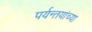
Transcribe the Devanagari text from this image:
पर्यन्तयांच्या